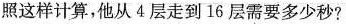
照这样计算，他从4层走到16层需要多少秒?